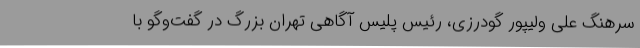
سرهنگ علی ولیپور گودرزی، رئیس پلیس آگاهی تهران بزرگ در گفت‌وگو با